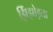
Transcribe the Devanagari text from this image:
झिंझोड़ता